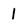
Character: 1